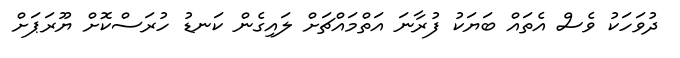
ދުވަހަކު ވެސް އެތައް ބަޔަކު ފުރާނަ އަތްމައްޗަށް ލައިގެން ކަނޑު ހުރަސްކޮށް ޔޫރަޕަށް